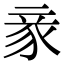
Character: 豙